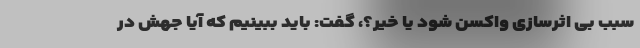
سبب بی اثرسازی واکسن شود یا خیر؟، گفت: باید ببینیم که آیا جهش در